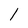
Character: l